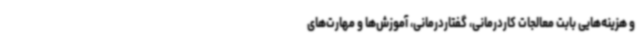
و هزینه‌هایی بابت معالجات کاردرمانی، گفتاردرمانی، آموزش‌ها و مهارت‌های